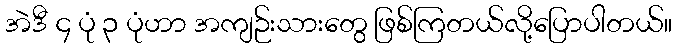
အဲဒီ ၄ ပုံ ၃ ပုံဟာ အကျဉ်းသားတွေ ဖြစ်ကြတယ်လို့ပြောပါတယ်။